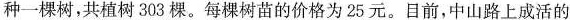
种一棵树，共植树303棵。每棵树苗的价格为25元。目前，中山路上成活的